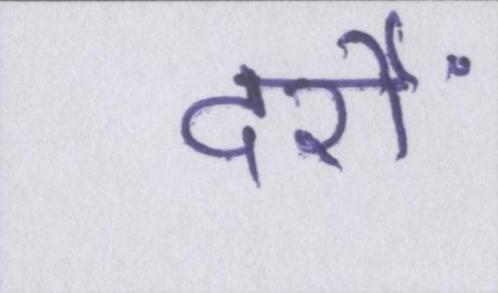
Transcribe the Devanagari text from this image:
दर्रों